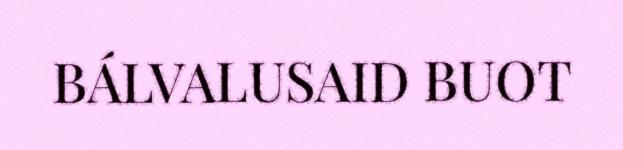
BÁLVALUSAID BUOT